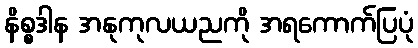
နိစ္စဒါန အနုကုလယညကို အရကောက်ပြပုံ